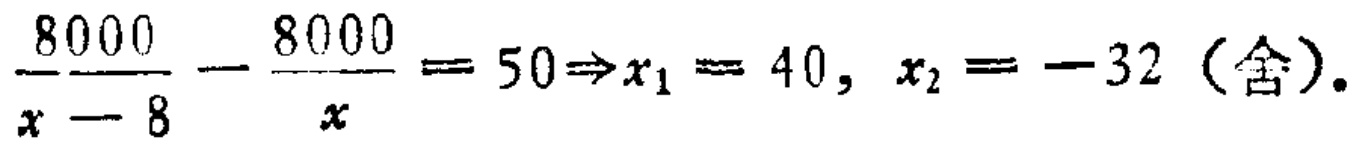
$\frac{8000}{x - 8}-\frac{8000}{x}=50\Rightarrow x_{1}=40,\ x_{2}=-32 \text{ (舍)}.$